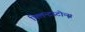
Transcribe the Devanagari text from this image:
फ्लिन्टस्टोन्स